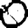
Digit: 0